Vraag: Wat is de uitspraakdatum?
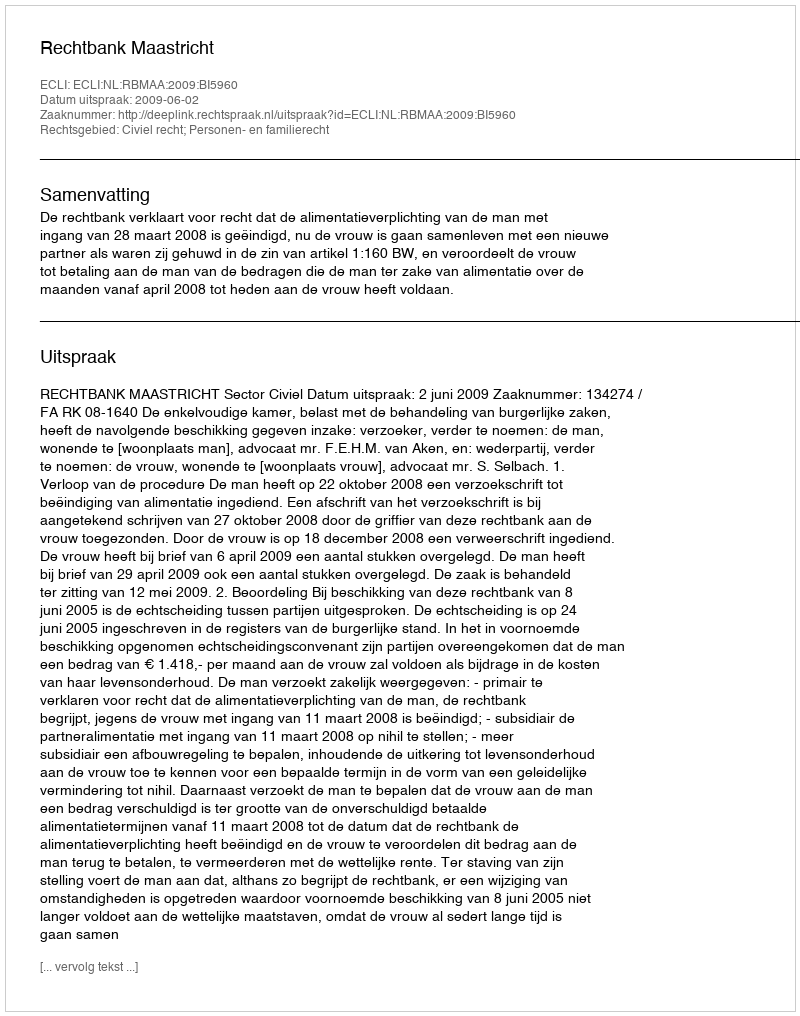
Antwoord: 2009-06-02